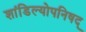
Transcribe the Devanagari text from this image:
शांडिल्योपनिषद्